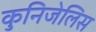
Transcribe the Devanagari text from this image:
कुनिजेलिस